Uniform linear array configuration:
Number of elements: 16
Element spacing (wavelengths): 0.5
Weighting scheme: kaiser
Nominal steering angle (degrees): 15
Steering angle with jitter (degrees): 14.846
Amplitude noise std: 0.05
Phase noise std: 0.05

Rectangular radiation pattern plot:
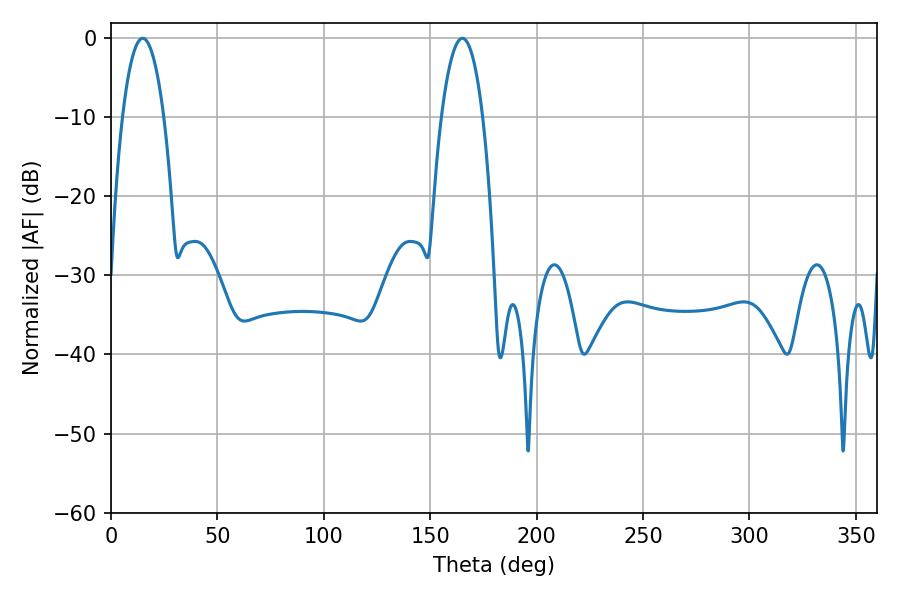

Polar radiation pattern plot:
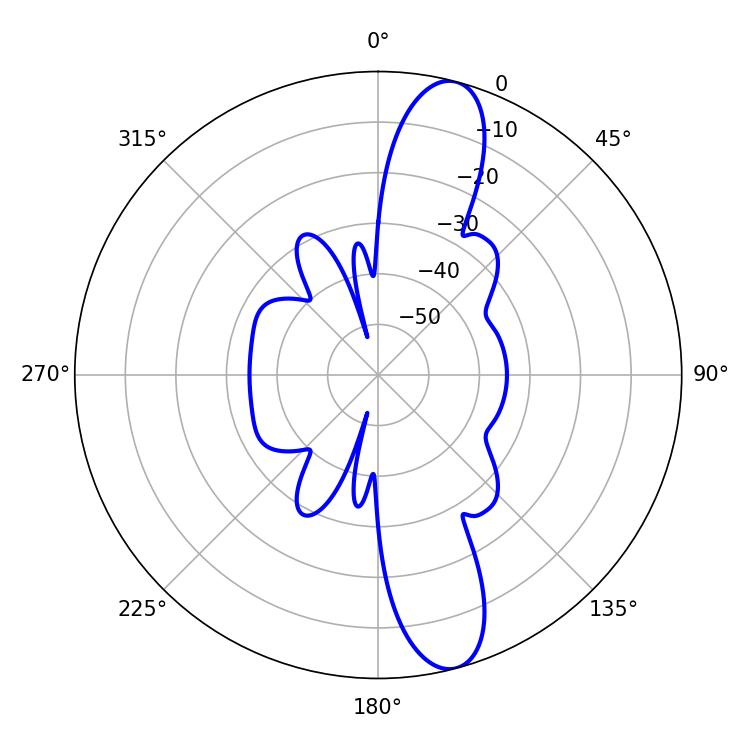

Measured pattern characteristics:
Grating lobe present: FALSE
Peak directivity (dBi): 12.822
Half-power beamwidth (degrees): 10.8
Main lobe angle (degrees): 14.94